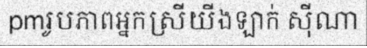
pmរូបភាពអ្នកស្រីយីងឡាក់ ស៊ីណា